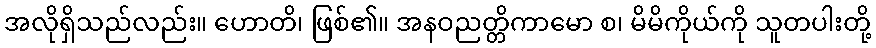
အလိုရှိသည်လည်း။ ဟောတိ၊ ဖြစ်၏။ အနဝညတ္တိကာမော စ၊ မိမိကိုယ်ကို သူတပါးတို့